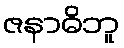
ဇနာဓိဘူ